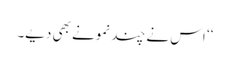
‘‘ اس نے چند نمونے بھی دیے۔